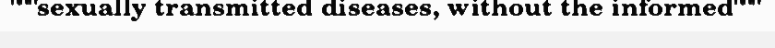
"""sexually transmitted diseases, without the informed"""